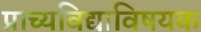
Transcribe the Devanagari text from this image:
प्राच्यविद्याविषयक